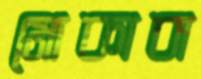
মোকাবা